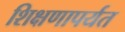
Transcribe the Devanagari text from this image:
शिक्षणापर्यत